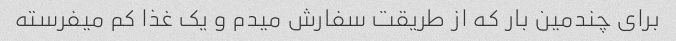
برای چندمین بار که از طریقت سفارش میدم و یک غذا کم میفرسته